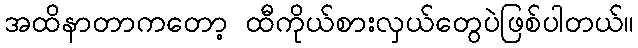
အထိနာတာကတော့ ထီကိုယ်စားလှယ်တွေပဲဖြစ်ပါတယ်။